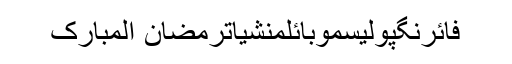
فائرنگپولیسموبائلمنشیاترمضان المبارک